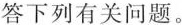
答下列有关问题。